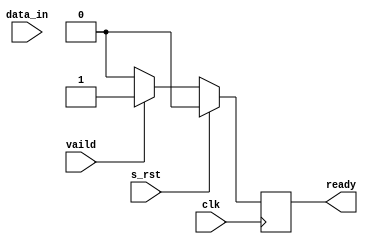
// -----------------------------------------------------------------------------
// Copyright (c) 2014-2022 All rights reserved
// -----------------------------------------------------------------------------
// wechat : wxz18066913150
// Create : 2022-08-20 10:24:39
// Revise : 2022-08-20 10:24:39
// Editor : sublime text3, tab size (4)
// -----------------------------------------------------------------------------
module destination#( 
	parameter	WIDTH = 8 ,
	parameter 	DEPTH = 256  
	)
(
	clk,
	s_rst,
	vaild,
	data_in,

	ready
	);
localparam wt = $clog2(DEPTH);

input						clk				;
input						s_rst 			;
input						vaild 			;
input 		[WIDTH-1:0]		data_in			;

output	reg					ready			;

reg 	[WIDTH-1:0] mem 	[DEPTH-1:0]	;
reg		[wt-1:0]	wr_addr				;

		
always @(posedge clk) begin
	if (s_rst == 1'b1)
		ready <= 1'b0;
	else if (vaild == 1'b1)//the destination interface can wait for the source interface to assert valid before asserting ready 
		ready <= 1'b1;
	else
		ready <= 1'b0;
end



always @(posedge clk) begin
	if (s_rst == 1'b1)
		wr_addr <= {wt{1'b0}};
	else if(wr_addr == (DEPTH-1) && vaild == 1'b1 && ready == 1'b1)
		wr_addr <= wr_addr;
	else if (vaild == 1'b1 && ready == 1'b1) 
		wr_addr <= wr_addr + 1'b1;

end

integer i;
always @(posedge clk)begin
	//=======================  =================
	if(s_rst == 1'b1)begin
		for(i = 0;i < DEPTH;i = i + 1)
			begin
			 	mem[i] <='d0;
			end
	end 
	//======================= end ===================
	else if(vaild == 1'b1 && ready == 1'b1)
		mem[wr_addr] <= data_in;
end
endmodule